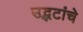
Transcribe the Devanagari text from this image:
उद्भटांचे